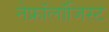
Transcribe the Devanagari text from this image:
नेफ्रॉलॉजिस्ट